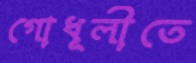
গোধূলীতে